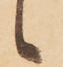
候